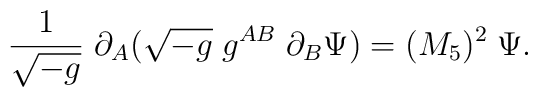
{1\over\sqrt{-g}} \; \partial_A( \sqrt{-g} \; g^{AB} \; \partial_B \Psi )  = (M_5)^2 \; \Psi.